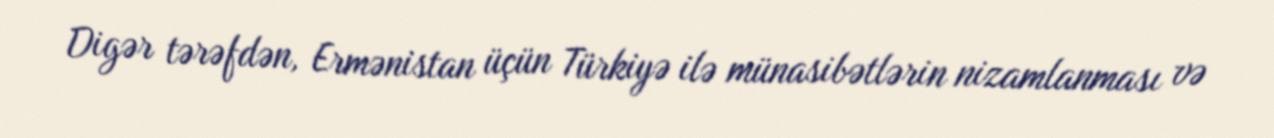
Digər tərəfdən, Ermənistan üçün Türkiyə ilə münasibətlərin nizamlanması və